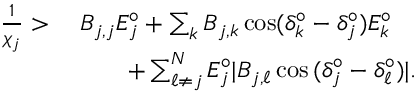
\begin{array} { r l } { \frac { 1 } { \chi _ { j } } > \; } & { B _ { j , j } E _ { j } ^ { \circ } + \sum _ { k } B _ { j , k } \cos ( \delta _ { k } ^ { \circ } - \delta _ { j } ^ { \circ } ) E _ { k } ^ { \circ } } \\ & { \qquad + \sum _ { \ell \neq j } ^ { N } E _ { j } ^ { \circ } | B _ { j , \ell } \cos { ( \delta _ { j } ^ { \circ } - \delta _ { \ell } ^ { \circ } ) } | . } \end{array}